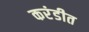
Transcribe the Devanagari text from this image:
करंडीत